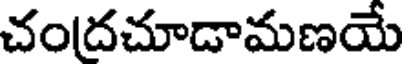
చందచూడామణయే